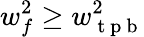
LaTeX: w_{f}^{2}\geq w_{\mathrm{~t~p~b~}}^{2}